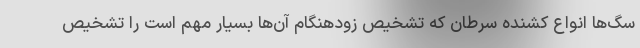
سگ‌ها انواع کشنده سرطان که تشخیص زودهنگام آن‌ها بسیار مهم است را تشخیص